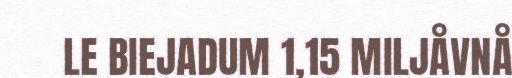
LE BIEJADUM 1,15 MILJÅVNÅ